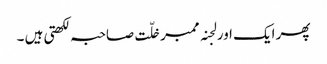
پھر ایک اور لجنہ ممبر خلّت صاحبہ لکھتی ہیں ۔